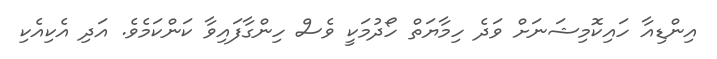
އިންޑިއާ ހައިކޮމިޝަނަށް ވަދެ ހިމާޔަތް ހޯދުމަކީ ވެސް ހިންގާފައިވާ ކަންކަމެވެ. އަދި އެކިއެކި